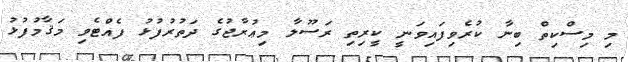
މި މިސްކިތް ބިނާ ކުރެވިފައިވަނީ ކީރިތި ރަސޫލާ މިޢުރާޖުގެ ދަތުރުފުޅު ފެއްޓެވި މަޤާމުފުޅު